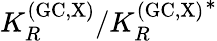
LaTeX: K_{R}^{\mathrm{(GC,X)}}/{K_{R}^{\mathrm{(GC,X)}}}^{*}